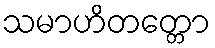
သမာဟိတတ္တော